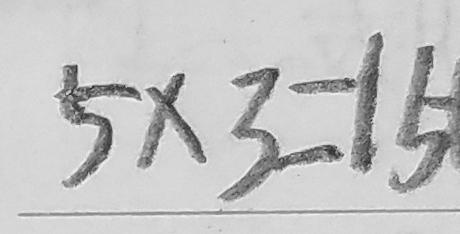
5 \times 3 = 1 5